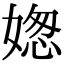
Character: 𡟟